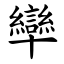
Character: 卛